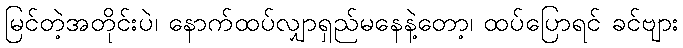
မြင်တဲ့အတိုင်းပဲ၊ နောက်ထပ်လျှာရှည်မနေနဲ့တော့၊ ထပ်ပြောရင် ခင်ဗျား